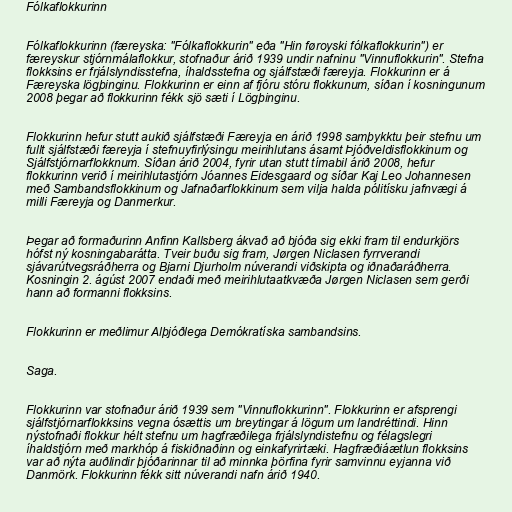
Fólkaflokkurinn

Fólkaflokkurinn (færeyska: "Fólkaflokkurin" eða "Hin føroyski fólkaflokkurin") er
færeyskur stjórnmálaflokkur, stofnaður árið 1939 undir nafninu "Vinnuflokkurin". Stefna
flokksins er frjálslyndisstefna, íhaldsstefna og sjálfstæði færeyja. Flokkurinn er á
Færeyska lögþinginu. Flokkurinn er einn af fjóru stóru flokkunum, síðan í kosningunum
2008 þegar að flokkurinn fékk sjö sæti í Lögþinginu.

Flokkurinn hefur stutt aukið sjálfstæði Færeyja en árið 1998 samþykktu þeir stefnu um
fullt sjálfstæði færeyja í stefnuyfirlýsingu meirihlutans ásamt Þjóðveldisflokkinum og
Sjálfstjórnarflokknum. Síðan árið 2004, fyrir utan stutt tímabil árið 2008, hefur
flokkurinn verið í meirihlutastjórn Jóannes Eidesgaard og síðar Kaj Leo Johannesen
með Sambandsflokkinum og Jafnaðarflokkinum sem vilja halda pólitísku jafnvægi á
milli Færeyja og Danmerkur.

Þegar að formaðurinn Anfinn Kallsberg ákvað að bjóða sig ekki fram til endurkjörs
hófst ný kosningabarátta. Tveir buðu sig fram, Jørgen Niclasen fyrrverandi
sjávarútvegsráðherra og Bjarni Djurholm núverandi viðskipta og iðnaðaráðherra.
Kosningin 2. ágúst 2007 endaði með meirihlutaatkvæða Jørgen Niclasen sem gerði
hann að formanni flokksins.

Flokkurinn er meðlimur Alþjóðlega Demókratíska sambandsins.

Saga.

Flokkurinn var stofnaður árið 1939 sem "Vinnuflokkurinn". Flokkurinn er afsprengi
sjálfstjórnarflokksins vegna ósættis um breytingar á lögum um landréttindi. Hinn
nýstofnaði flokkur hélt stefnu um hagfræðilega frjálslyndistefnu og félagslegri
íhaldstjórn með markhóp á fiskiðnaðinn og einkafyrirtæki. Hagfræðiáætlun flokksins
var að nýta auðlindir þjóðarinnar til að minnka þörfina fyrir samvinnu eyjanna við
Danmörk. Flokkurinn fékk sitt núverandi nafn árið 1940.